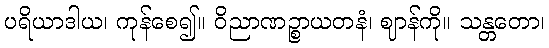
ပရိယာဒါယ၊ ကုန်စေ၍။ ဝိညာဏဉ္စာယတနံ၊ ဈာန်ကို။ သန္တတော၊